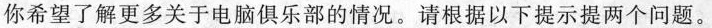
你希望了解更多关于电脑俱乐部的情况。请根据以下提示提两个问题。